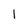
Character: I